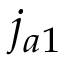
j _ { a 1 }